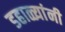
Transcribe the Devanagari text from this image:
डहाळ्यांनी